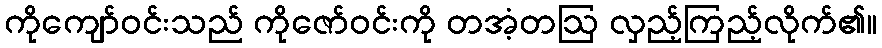
ကိုကျော်ဝင်းသည် ကိုဇော်ဝင်းကို တအံ့တဩ လှည့်ကြည့်လိုက်၏။